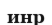
инр